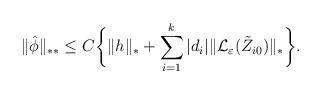
LaTeX: \begin{align*}\|\hat{\phi}\|_{\ast\ast}\leq C\bigg\{ \|h\|_{\ast}+\sum_{i=1}^{k}|d_{i}|\|\mathcal{L}_{\varepsilon}(\tilde{Z}_{i0})\|_{\ast}\bigg \}.\end{align*}